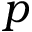
p